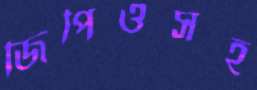
জিপিওসহ